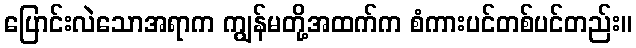
ပြောင်းလဲသောအရာက ကျွန်မတို့အထက်က စံကားပင်တစ်ပင်တည်း။